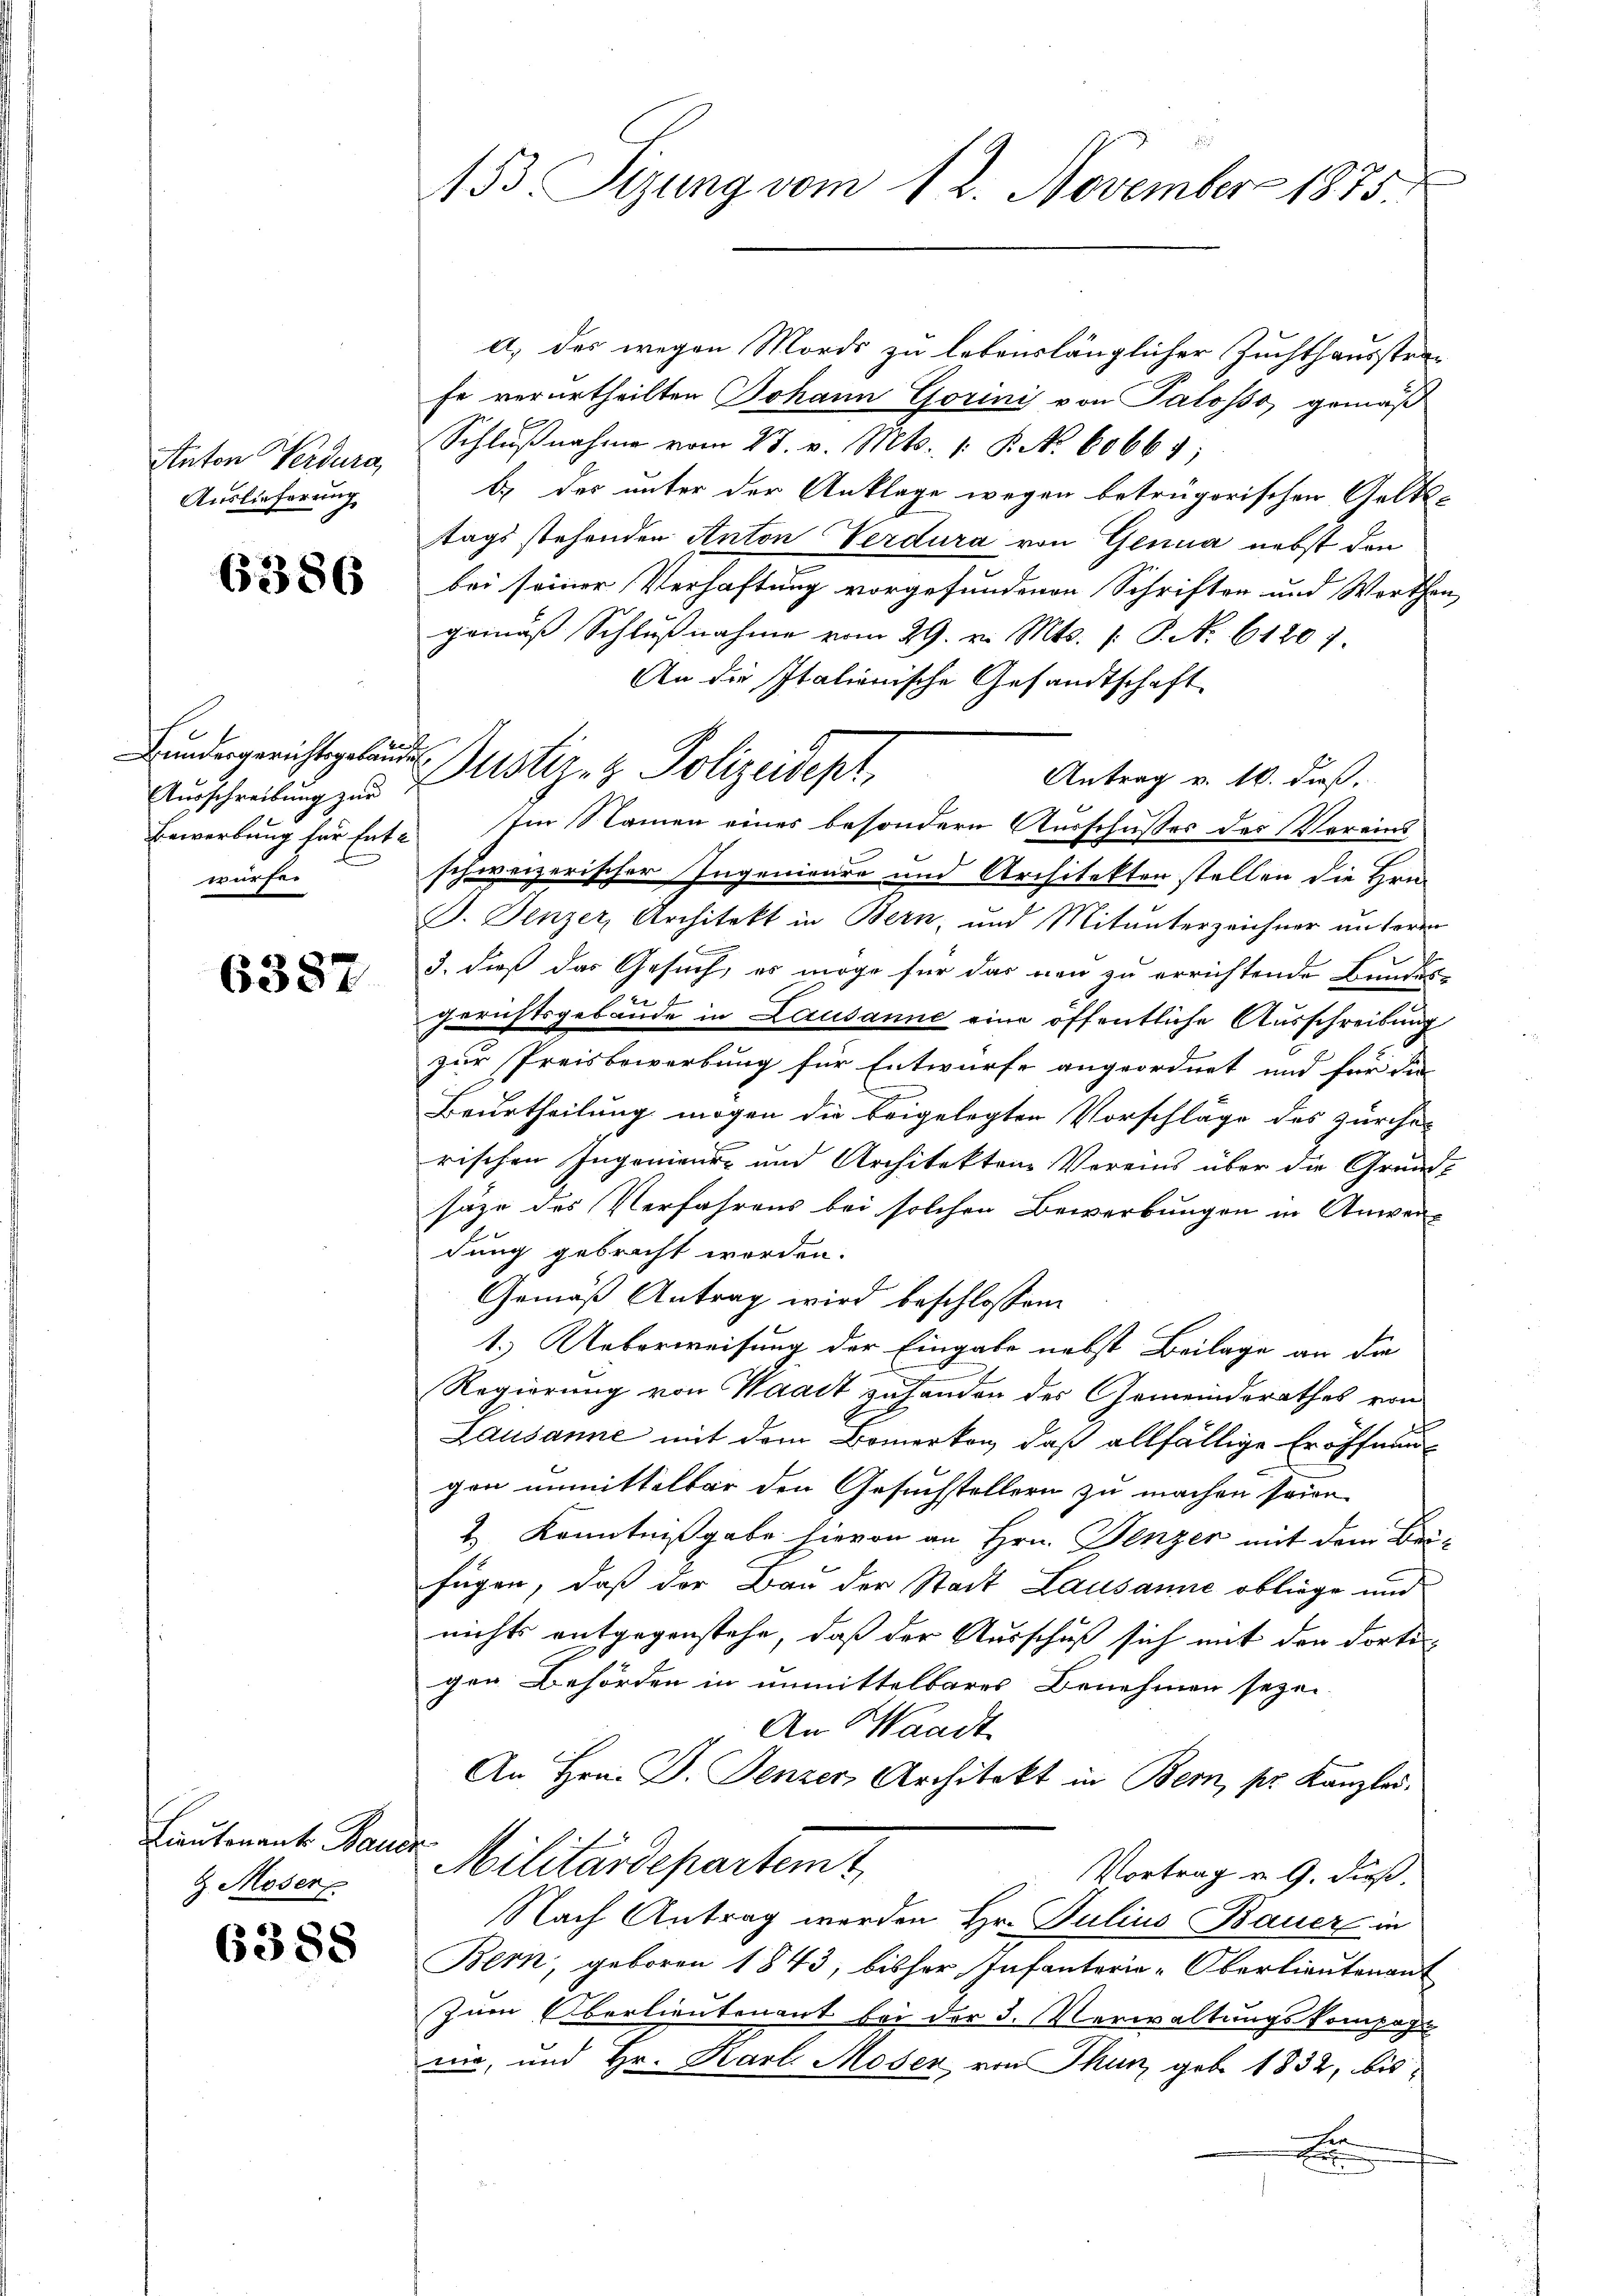
Anton Verdura
Auslieferung

6386

c
Bundergerichtsgebäude
Ausschreibung zur
würfe.

6387

Lautenant Baude
G. Moser

6388

153. Sizung vom 12. November 1875.

a) des wegen Mords zu lebenslänglicher Zuchthausstrafe verurtheilten Johann Gorini von Palosso, gemäß
Schlŭβnahme vom 23. v. Mts. 1. P. Nr. 60661;
b.) der unter der Anklage wegen betrügorischen Gelts-
tags stehenden Anton Verdura von Genua nebst den
bei seiner Verhaftung vorgefundenen Schriften und Worthan-
gemäβ Schlŭβnahme vom 29. v. Mts. 1. P. No. 61207.
An die Italienische Gesandtschaft
Antrag v. M. daß,
Bewerbung für Ent- Im Namen eines besondern Ausschusses des Vereins
schweizerischer Ingenieure und Architekten stellen die Hrn.
J. Fenzer, Architekt in Bern, und Mitunterzeichner unteren
.
3. dieß das Gesuch, es möge für das von zu errichtende Bundes
gerichtsgebäude in Lausanne eine öffentliche Ausschreibung
zur Preisbewerbung für Entwürfe angeordnet und für die
Beurtheilung mögen die beigelegten Vorschläge des zürche-
rischen Ingenieur- und Architektene Vereins über die Grundsäze des Verfahrens bei solchen Bewerbungen in Anwen-
dung gebracht worden.
Gemäß Antrag wird beschlossen.
1. Ueberweisung der Eingabe nebst Beilage an die
Regierung von Waadt zu handen des Gemeindsrathes von
Lausanne mit dem Bemerken, daß allfällige Eröffnung
gen unmittelbar den Gesuchstellern zu machen seien.
2. Kenntnißgabe hievon an Hrn. Fenzer mit dem Beifügen, daß der Bau der Stadt Lausanne obliege und
nichts entgegenstehe, daß der Ausschuß sich mit den dortigen Behörden in unmittelbares Benehmen seyen.
An Waadt
An Hrn. F. Fenzer Architekt in Bern, pr. Kanzlei.
Militärdepartem t
Vortrag v. 9. dieß.
Nach Antrag werden Hr. Julius Bauer in
Bern, geboren 1843, bisher Infanterie-Oberlieutenant
Zum Oberlieutenant bei der 3. Verwaltungskompagn
rin, und Hr. Karl Moser, von Thun, geb. 1832, bis¬
H
E

Dustiz- & Polizeidept,